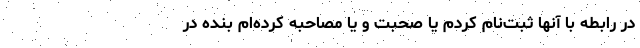
در رابطه‌ با آنها ثبت‌نام کردم یا صحبت و یا مصاحبه کرده‌ام بنده در